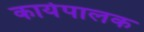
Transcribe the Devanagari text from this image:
कार्येपालक